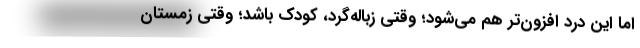
اما این درد افزون‌تر هم می‌شود؛ وقتی زباله‌گرد، کودک باشد؛ وقتی زمستان